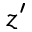
z ^ { \prime }